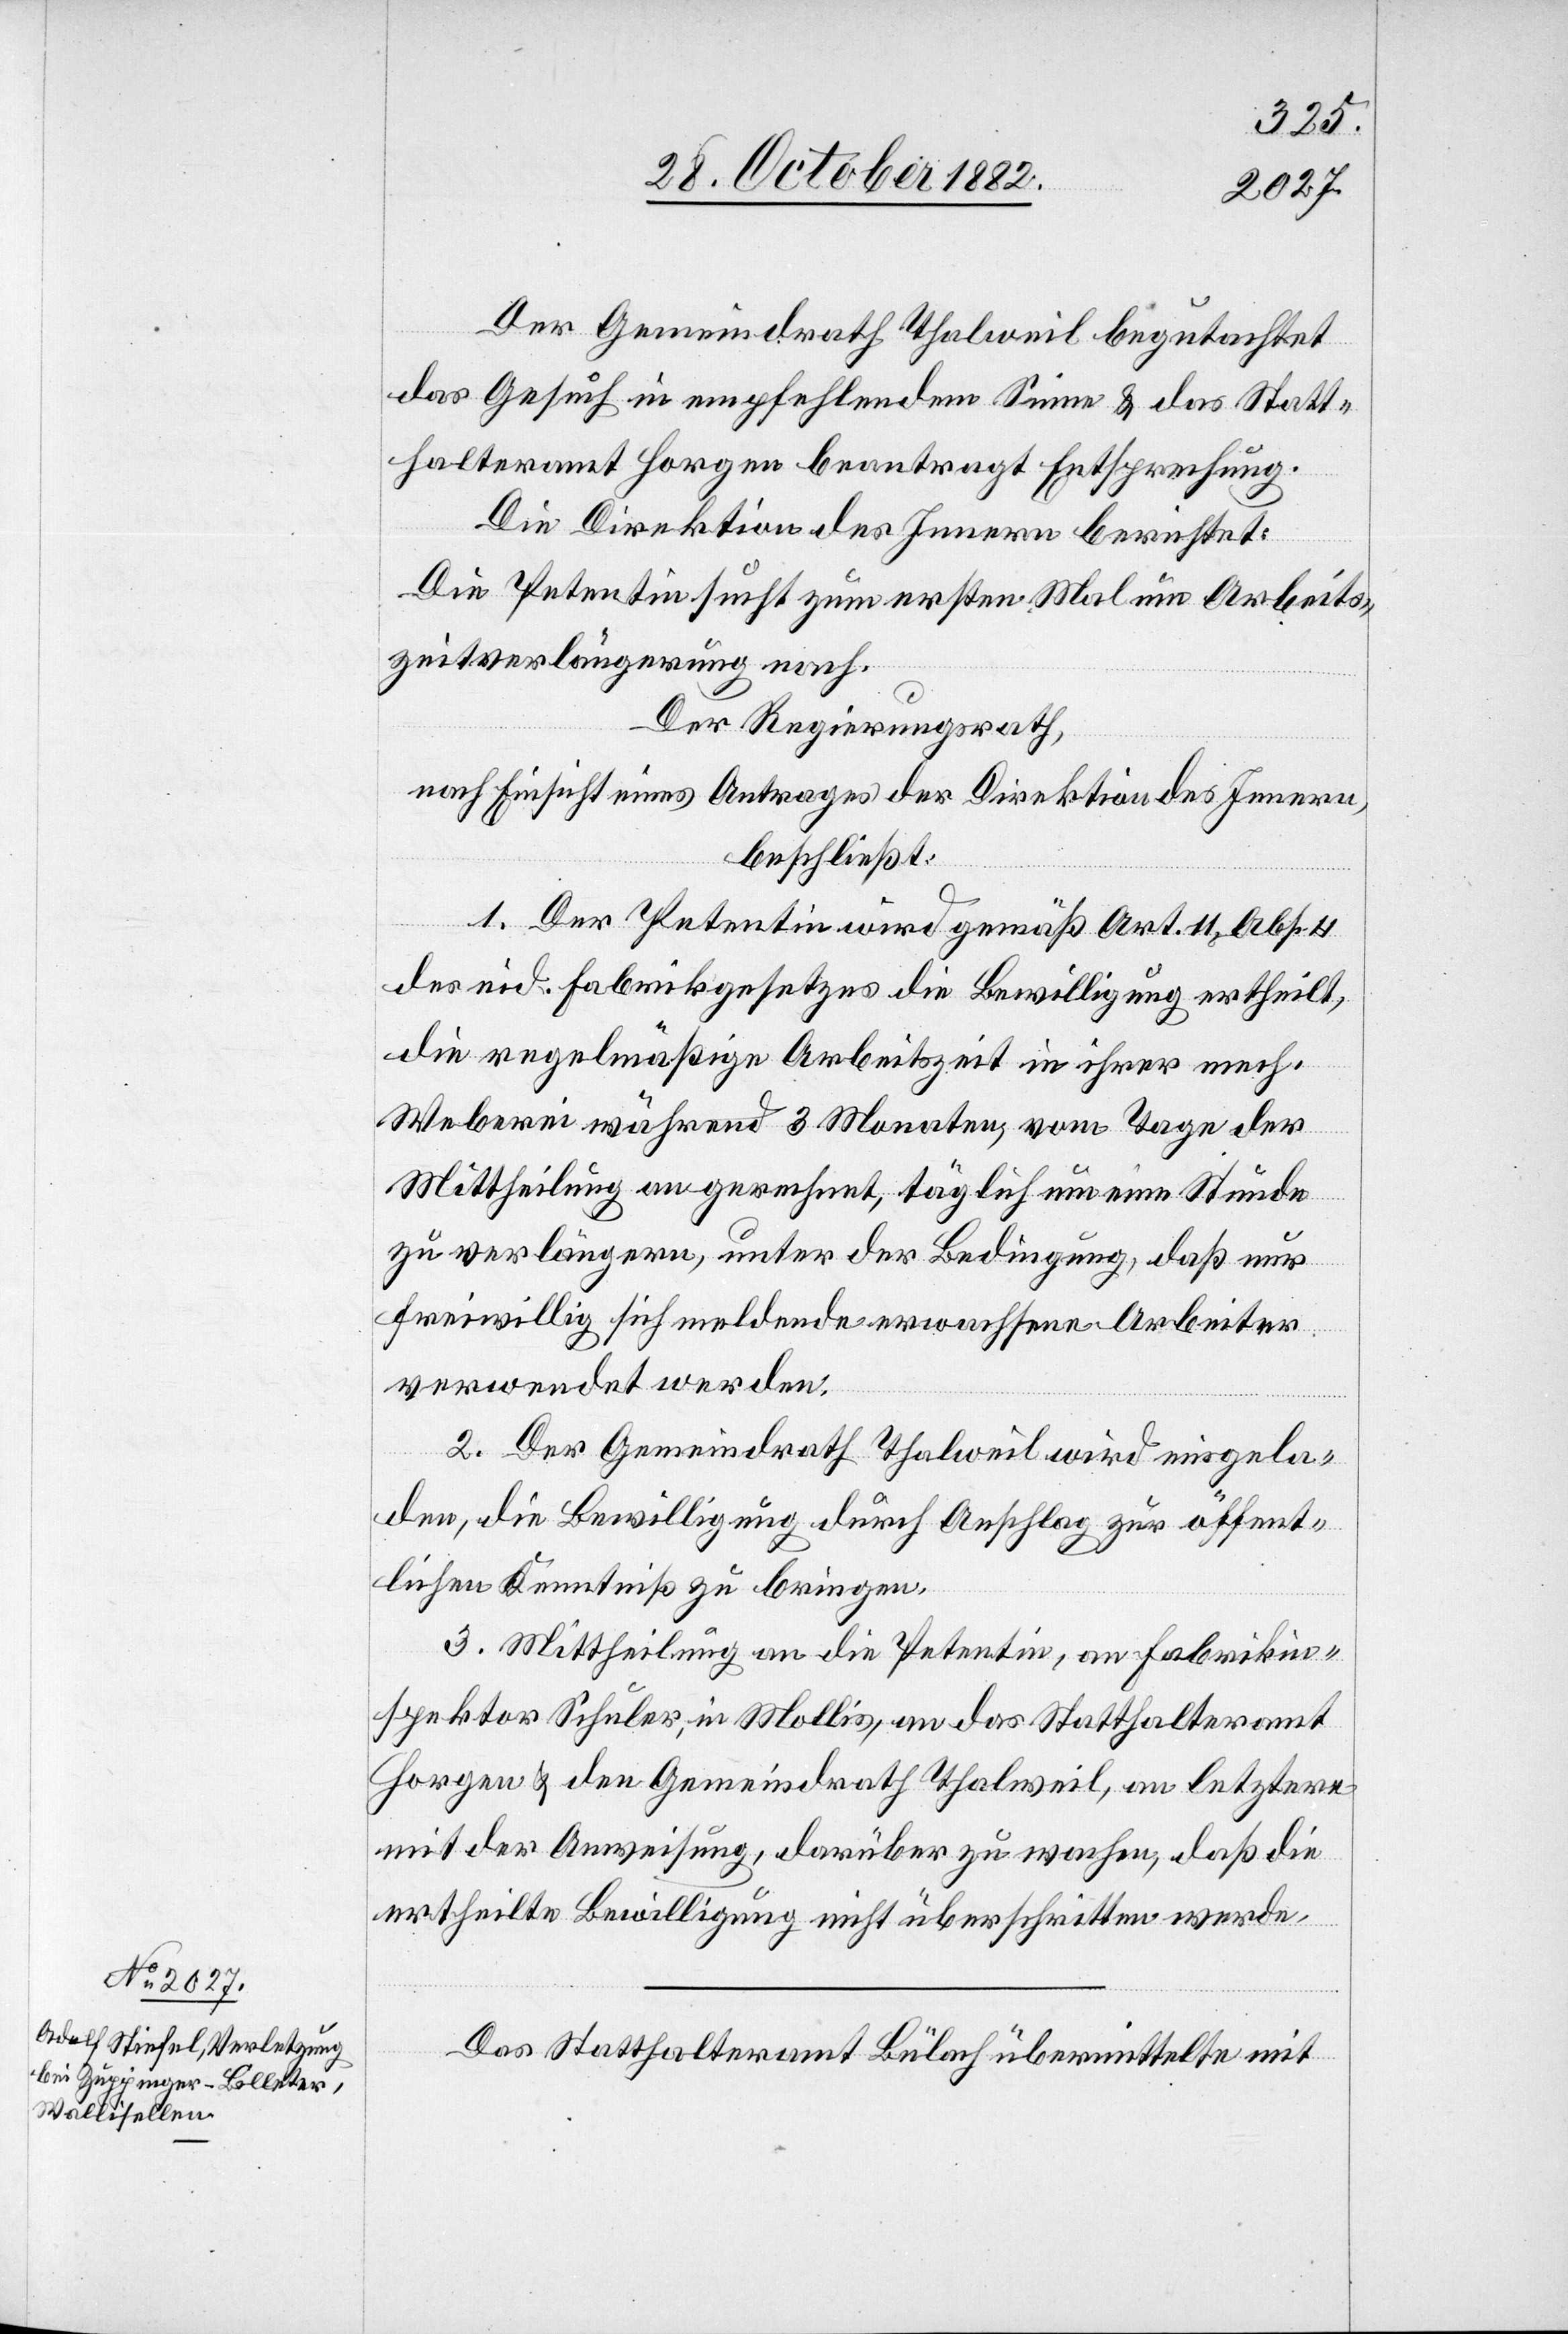
Der Gemeindrath Thalweil begutachtet
das Gesuch in empfehlendem Sinne & das Statt¬
halteramt Horgen beantragt Entsprechung.
Die Direktion des Innern berichtet:
Die Petentin sucht zum ersten Mal um Arbeits¬
zeitverlängerung nach.
Der Regierungsrath,
nach Einsicht eines Antrages der Direktion des Innern,
beschließt:
1. Der Petentin wird gemäß Art. 11, Abs. 4
des eid. Fabrikgesetzes die Bewilligung ertheilt,
die regelmäßige Arbeitszeit in ihrer mech.
Weberei während 3 Monaten, vom Tage der
Mittheilung an gerechnet, täglich um eine Stunde
zu verlängern, unter der Bedingung, daß nur
freiwillig sich meldende erwachsene Arbeiter
verwendet werden.
2. Der Gemeindrath Thalweil wird eingela¬
den, die Bewilligung durch Anschlag zur öffent¬
lichen Kenntniß zu bringen.
3. Mittheilung an die Petentin, an Fabrikin¬
spektor Schuler, in Mollis, an das Statthalteramt
Horgen & den Gemeindrath Thalweil, an letztere
mit der Anweisung, darüber zu wachen, daß die
ertheilte Bewilligung nicht überschritten werde.
Das Statthalteramt Bülach übermittelte mit